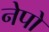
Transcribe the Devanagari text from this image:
नेपो